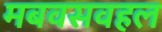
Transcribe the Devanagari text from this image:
मबवसवहल